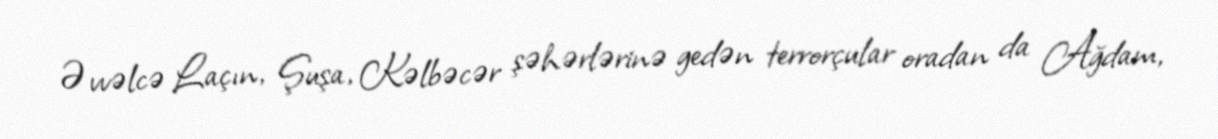
Əvvəlcə Laçın, Şuşa, Kəlbəcər şəhərlərinə gedən terrorçular oradan da Ağdam,